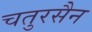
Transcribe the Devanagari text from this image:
चतुरसैन